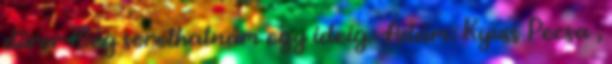
dürer Még sorolhatnám egy ideig.: Ádám: Kyuss Pecsa ,